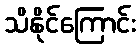
သိနိုင်ကြောင်း